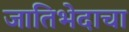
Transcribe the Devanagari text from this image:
जातिभेदाचा